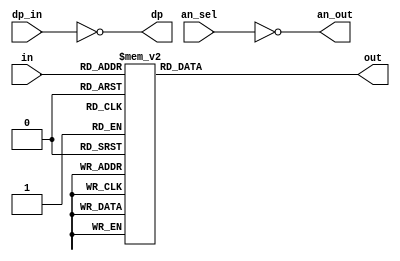
module my_seven(
    //  MSB <--> LSB
    // in[3] in[2] in[1] in[0]
    input [3:0]in,
    
    // Left  <--> Right
    // an_sel[7] an_sel[6] ... an_sel[1] an_sel[0]
    input [7:0] an_sel,
    input dp_in,
    
    //     a      b      c      d      e      f      g
    // out[0] out[1] out[2] out[3] out[4] out[5] out[6] 
    output reg [6:0]out,
    output [7:0]an_out,
    output dp
    );
    
    always @(in) begin
        case(in)   //  7'b abcdefg  common-anthode 
            0: out = 7'b0000001;
            1: out = 7'b1001111;
            2: out = 7'b0010010;
            3: out = 7'b0000110;
            4: out = 7'b1001100;
            5: out = 7'b0100100;
            6: out = 7'b1100000;
            7: out = 7'b0001111;
            8: out = 7'b0000000;
            9: out = 7'b0001100;
            10: out = 7'b1110010;
            11: out = 7'b1100110;
            12: out = 7'b1011100;
            13: out = 7'b0110100;
            14: out = 7'b1110000;
            15: out = 7'b1111111;
            default: out = 7'b1111111;
        endcase
    end
    
    assign an_out = ~an_sel;
    assign dp = ~dp_in;
    
endmodule